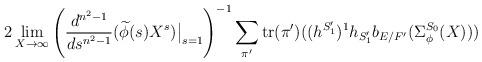
LaTeX: \begin{align*} 2\lim_{X \to \infty}\left(\frac{d^{n^2-1}}{ds^{n^2-1}}(\widetilde{\phi}(s)X^s)\big|_{s=1}\right)^{-1}\sum_{\pi' } \mathrm{tr}(\pi')((h^{S'_1})^{1}h_{S'_1}b_{E/F'}(\Sigma_{\phi}^{S_0}(X)))\end{align*}